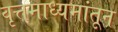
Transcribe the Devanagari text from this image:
वृत्तमाध्यमांतून